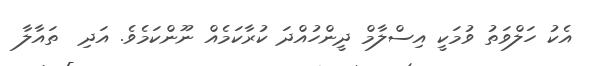
އެކު ހަލްވަތު ވުމަކީ އިސްލާމް ދީންހުއްދަ ކުރާކަމެއް ނޫންކަމެވެ. އަދި  ތައާލާ